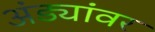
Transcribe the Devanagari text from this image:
अंड्यांवर